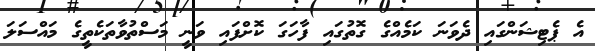
އެ ޕެޓިޝަންގައި ދެވަނަ ކަމެއްގެ ގޮތުގައި ފާހަގަ ކޮށްފައި ވަނީ މަސްތުވާތަކެތީގެ މައްސަލަ